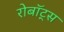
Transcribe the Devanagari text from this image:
रोबॉट्स